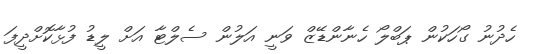
ހެދުނު ގޯހަކުން ޕަބްލޯ ހެނާންޑޭޒް ވަނީ އަލުން ސެލްޓާ އަށް ލީޑު ފުޅާކޮށްދީފަ